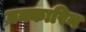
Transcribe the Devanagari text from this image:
बक्कारिन